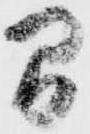
間